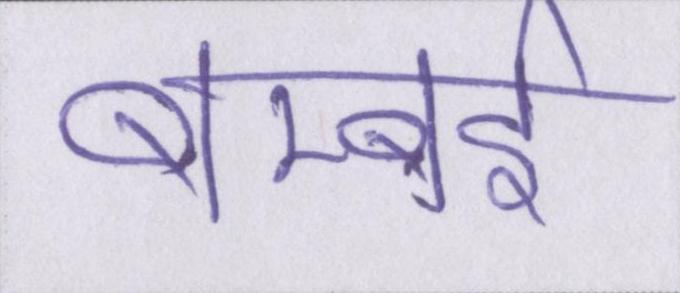
बम्बर्इ